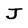
Character: J